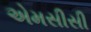
એમસીસી